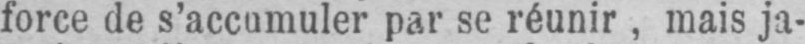
force de s’accumuler par se réunir, mais ja-